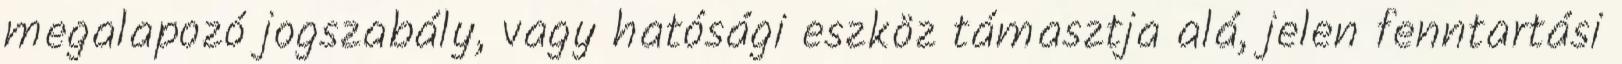
megalapozó jogszabály, vagy hatósági eszköz támasztja alá, jelen fenntartási